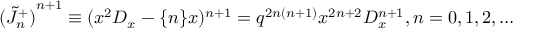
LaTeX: { ( \tilde { J } _ { n } ^ { + } ) } ^ { n + 1 } \equiv ( x ^ { 2 } D _ { x } - \{ n \} x ) ^ { n + 1 } = q ^ { 2 n ( n + 1 ) } x ^ { 2 n + 2 } D _ { x } ^ { n + 1 } , n = 0 , 1 , 2 , \ldots